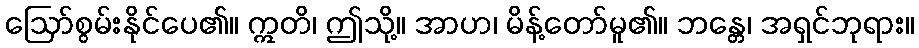
ဩော်စွမ်းနိုင်ပေ၏။ ဣတိ၊ ဤသို့။ အာဟ၊ မိန့်တော်မူ၏။ ဘန္တေ၊ အရှင်ဘုရား။